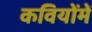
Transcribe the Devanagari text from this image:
कवियोंमें